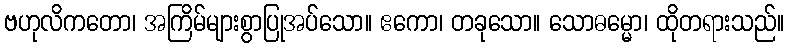
ဗဟုလိကတော၊ အကြိမ်များစွာပြုအပ်သော။ ဧကော၊ တခုသော။ သောဓမ္မော၊ ထိုတရားသည်။